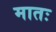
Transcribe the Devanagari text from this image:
मातः